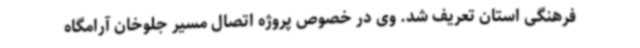
فرهنگی استان تعریف شد. وی در خصوص پروژه اتصال مسیر جلوخان آرامگاه